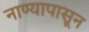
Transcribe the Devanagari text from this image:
नाण्यापासून